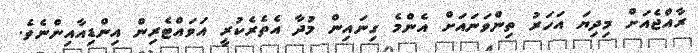
ރާއްޖެއަށް މިދިޔަ އަހަރު ތިންވަނައަށް އެންމެ ގިނައިން މުދާ އެތެރެކުރީ އަވައްޓެރިން އިންޑިއާއިންނެވެ.